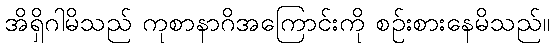
အိရှိဂါမိသည် ကုစာနာဂိအကြောင်းကို စဉ်းစားနေမိသည်။